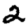
Digit: 2